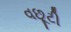
વછૂટી